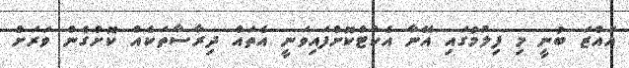
އައްޒަ ބުނީ މި ފިލުމުގައި އޭނާ އެކްޓްކޮށްފައިވަނީ އެތައް ދިރާސާތަކެއް ކޮށްގެން ވަރަށް